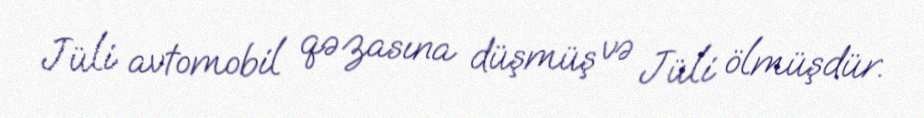
Jüli avtomobil qəzasına düşmüş və Jüli ölmüşdür.